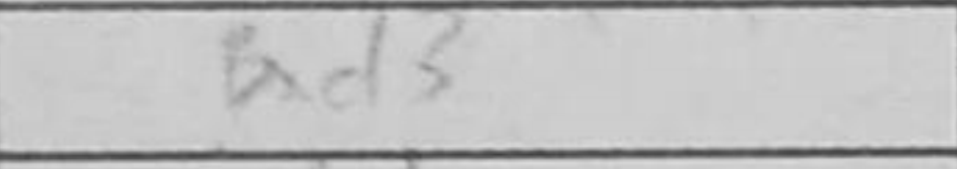
Transcription: Bxd3